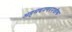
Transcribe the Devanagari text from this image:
अहमदनगरनजीक